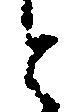
と